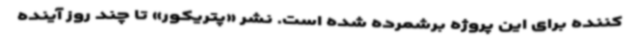
کننده برای این پروژه برشمرده شده است. نشر «پتریکور» تا چند روز آینده